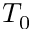
T _ { 0 }